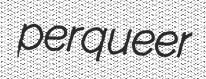
perqueer